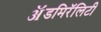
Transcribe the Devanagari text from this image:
ॲडमिरॅलिटी